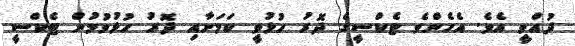
ދުއްވީ އެވެ. އެހެންވެ ޓެކްސީގެ ދޮރު ހުޅުވީ ކަމަށާއި ދޮރު ހުޅުވުމުން ޓެކްސީ